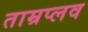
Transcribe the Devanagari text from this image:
ताम्रप्लव